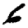
Digit: 6